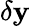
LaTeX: \delta\mathbf{y}